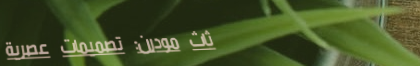
أثاث مودرن: تصميمات عصرية